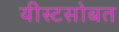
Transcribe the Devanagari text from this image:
यीस्टसोबत